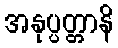
အနုပ္ပတ္တာနိ